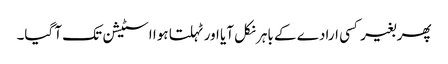
پھر بغیر کسی ارادے کے باہر نکل آیا اور ٹہلتا ہوا اسٹیشن تک آ گیا۔